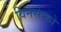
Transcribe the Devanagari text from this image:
विनसेन्को